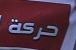
حر